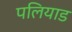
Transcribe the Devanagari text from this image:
पलियाड